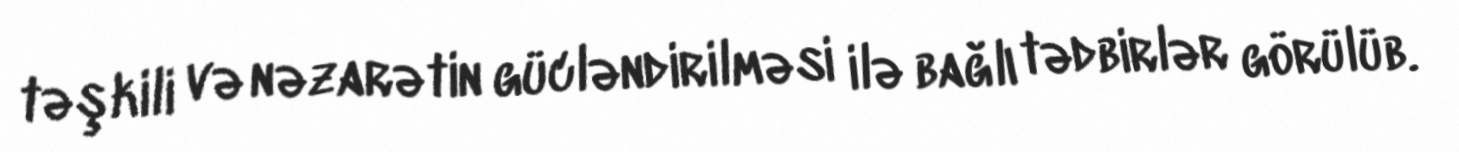
təşkili və nəzarətin gücləndirilməsi ilə bağlı tədbirlər görülüb.